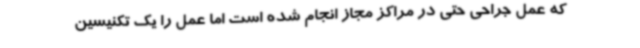
که عمل جراحی حتی در مراکز مجاز انجام شده است اما عمل را یک تکنیسین